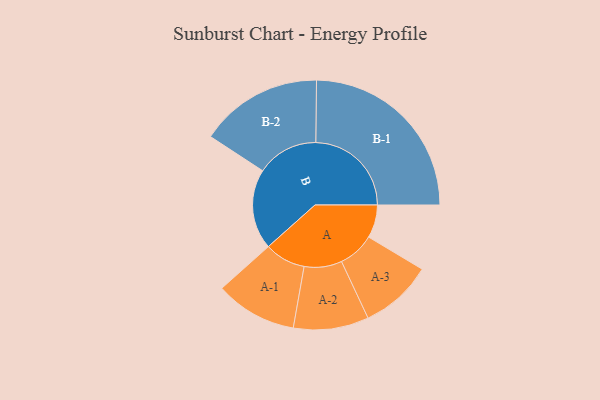
{"axis": {"x": "Segment", "y": "Value"}, "legend": ["", "A", "B"], "data": [{"x": "A", "y": 101, "type": ""}, {"x": "B", "y": 245, "type": ""}, {"x": "A-1", "y": 125, "type": "A"}, {"x": "A-2", "y": 115, "type": "A"}, {"x": "A-3", "y": 111, "type": "A"}, {"x": "B-1", "y": 292, "type": "B"}, {"x": "B-2", "y": 188, "type": "B"}]}